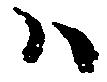
ハ